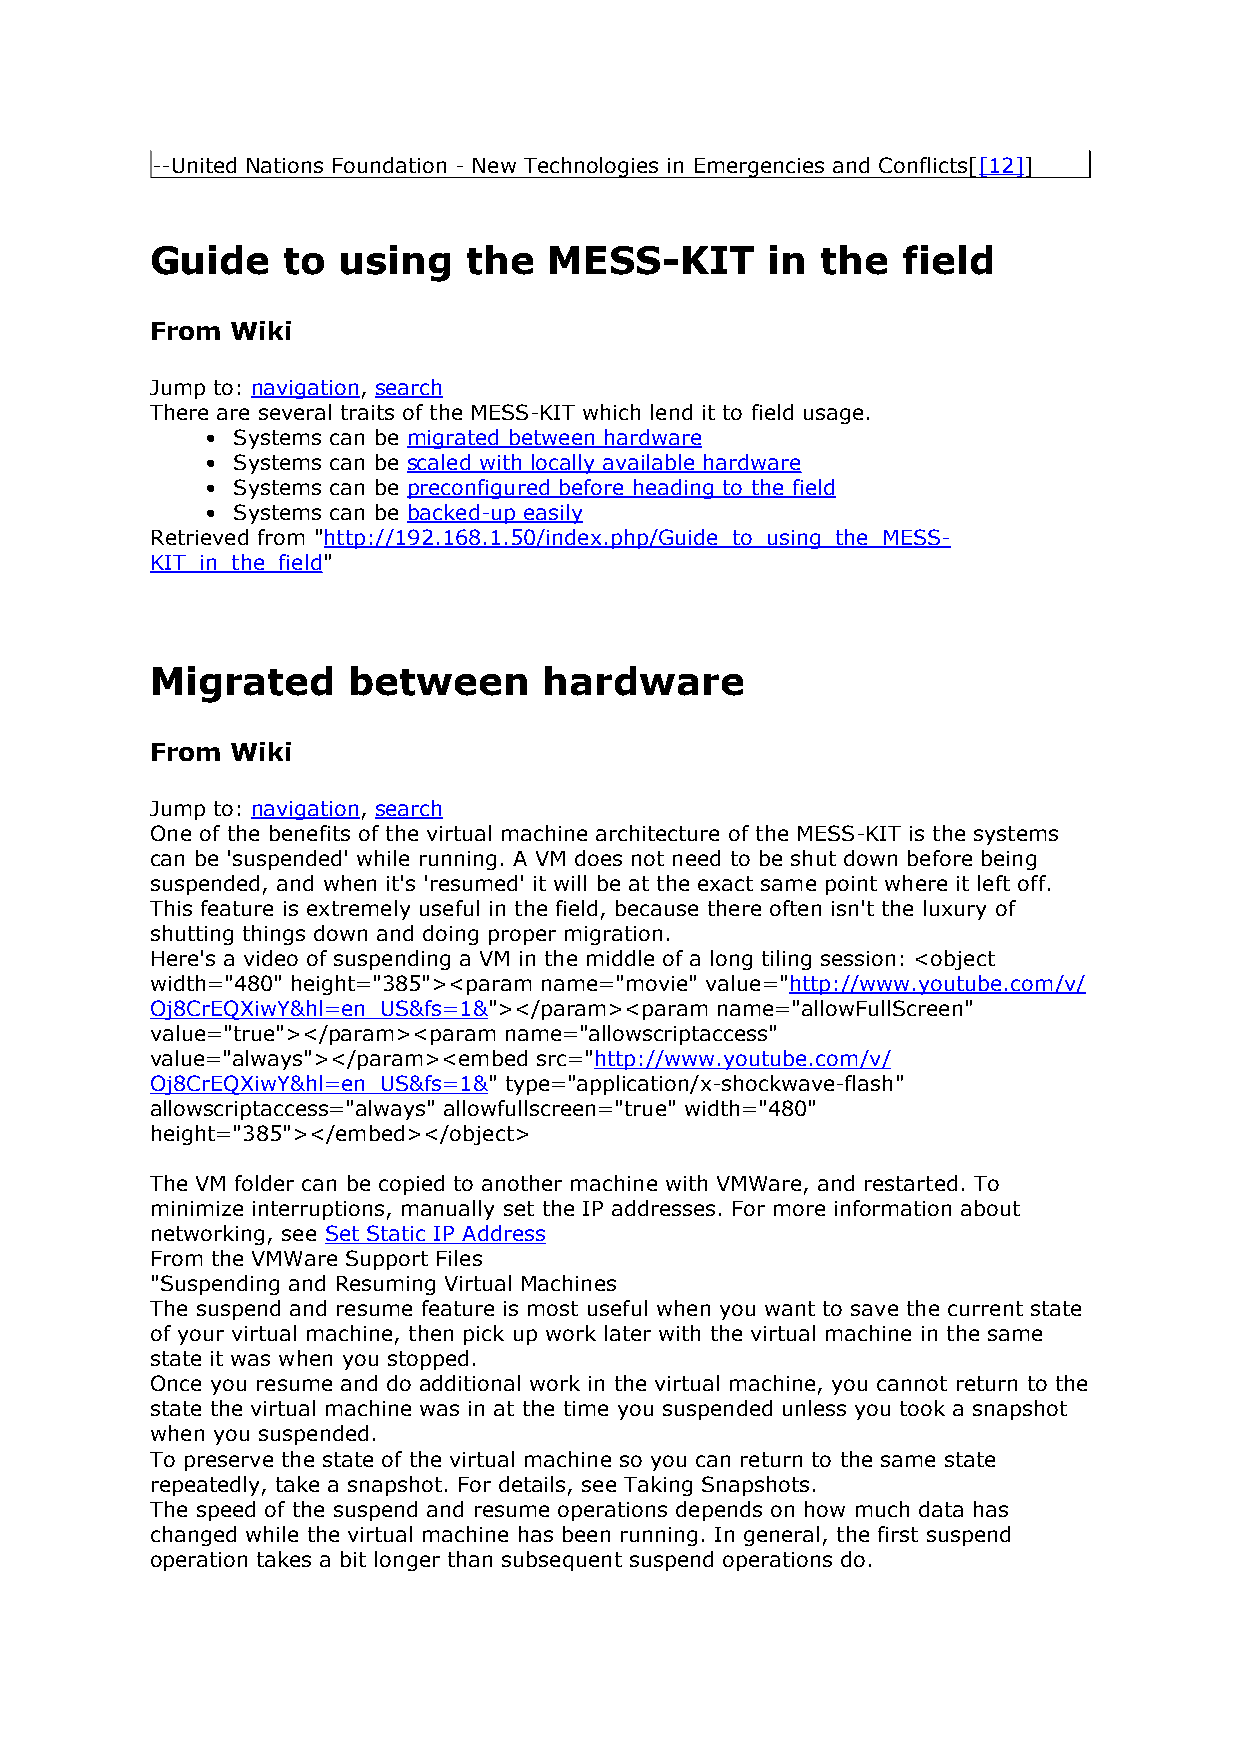
--United Nations Foundation - New Technologies in Emergencies and Conflicts[[12]]
 Guide    to using    the  MESS-KIT       in the   field
 From Wiki
 Jump to: navigation, search
 There are several traits of the MESS-KIT which lend it to field usage.
 • Systems can be migrated between hardware
 • Systems can be scaled with locally available hardware
 • Systems can be preconfigured before heading to the field
 • Systems can be backed-up easily
 Retrieved from "http://192.168.1.50/index.php/Guide_to_using_the_MESS-
 KIT_in_the_field"
 Migrated     between      hardware
 From Wiki
 Jump to: navigation, search
 One of the benefits of the virtual machine architecture of the MESS-KIT is the systems
 can be 'suspended' while running. A VM does not need to be shut down before being
 suspended, and when it's 'resumed' it will be at the exact same point where it left off.
 This feature is extremely useful in the field, because there often isn't the luxury of
 shutting things down and doing proper migration.
 Here's a video of suspending a VM in the middle of a long tiling session: <object
 width="480" height="385"><param name="movie" value="http://www.youtube.com/v/
 Oj8CrEQXiwY&hl=en_US&fs=1&"></param><param name="allowFullScreen"
 value="true"></param><param name="allowscriptaccess"
 value="always"></param><embed src="http://www.youtube.com/v/
 Oj8CrEQXiwY&hl=en_US&fs=1&" type="application/x-shockwave-flash"
 allowscriptaccess="always" allowfullscreen="true" width="480"
 height="385"></embed></object>
 The VM folder can be copied to another machine with VMWare, and restarted. To
 minimize interruptions, manually set the IP addresses. For more information about
 networking, see Set Static IP Address
 From the VMWare Support Files
 "Suspending and Resuming Virtual Machines
 The suspend and resume feature is most useful when you want to save the current state
 of your virtual machine, then pick up work later with the virtual machine in the same
 state it was when you stopped.
 Once you resume and do additional work in the virtual machine, you cannot return to the
 state the virtual machine was in at the time you suspended unless you took a snapshot
 when you suspended.
 To preserve the state of the virtual machine so you can return to the same state
 repeatedly, take a snapshot. For details, see Taking Snapshots.
 The speed of the suspend and resume operations depends on how much data has
 changed while the virtual machine has been running. In general, the first suspend
 operation takes a bit longer than subsequent suspend operations do.